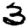
Digit: 3